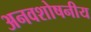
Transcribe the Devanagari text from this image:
अनवशोषनीय